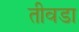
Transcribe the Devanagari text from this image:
तीवडा